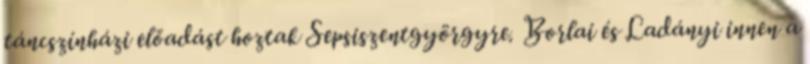
táncszínházi előadást hoztak Sepsiszentgyörgyre. Borlai és Ladányi innen a